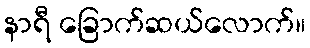
နာရီ ခြောက်ဆယ်လောက်။